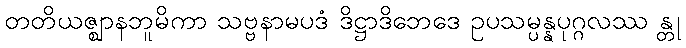
တတိယဇ္ဈာနဘူမိကာ သဗ္ဗနာမပဒံ ဒိဋ္ဌာဒိဘေဒေ ဥပသမ္ပန္နပုဂ္ဂလဿ န္တု